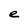
Character: e